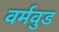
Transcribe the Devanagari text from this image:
वर्मवुड